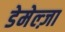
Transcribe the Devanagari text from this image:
डेमेल्ज़ा